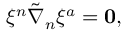
\begin{array} { r } { \xi ^ { n } \tilde { \nabla } _ { n } \xi ^ { a } = \mathbf { 0 } , } \end{array}